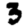
Digit: 3